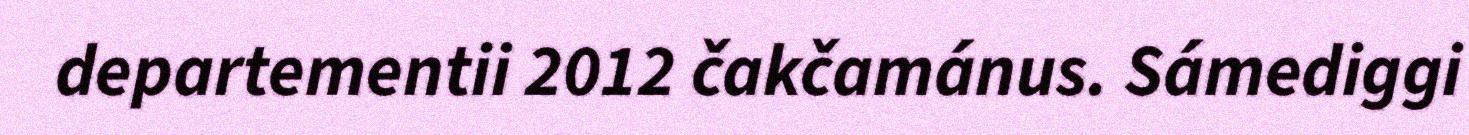
departementii 2012 čakčamánus. Sámediggi